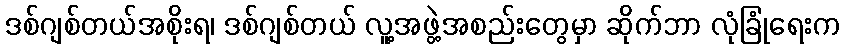
ဒစ်ဂျစ်တယ်အစိုးရ၊ ဒစ်ဂျစ်တယ် လူ့အဖွဲ့အစည်းတွေမှာ ဆိုက်ဘာ လုံခြုံရေးက